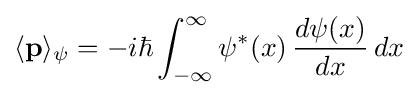
\langle \mathbf {p} \rangle _{\psi }=-i\hbar \int _{-\infty }^{\infty }\psi ^{\ast }(x)\,{\frac {d\psi (x)}{dx}}\,dx